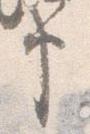
申